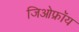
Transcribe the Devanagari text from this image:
जिओफ्रॉय